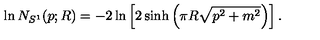
\ln N _ { S ^ { 1 } } ( p ; R ) = - 2 \ln \left[ 2 \sinh \left( \pi R \sqrt { p ^ { 2 } + m ^ { 2 } } \right) \right] .